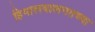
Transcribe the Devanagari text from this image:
हिमालयालगतच्या